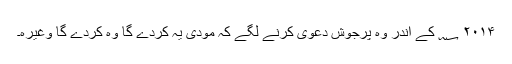
۲۰۱۴ ؁ کے اندر وہ پرجوش دعویٰ کرنے لگے کہ مودی یہ کردے گا وہ کردے گا وغیرہ۔